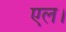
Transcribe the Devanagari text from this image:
एल।